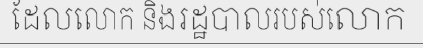
ដែលលោក និងរដ្ឋបាលរបស់លោក